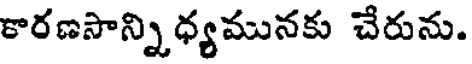
కారణసాన్ని ధ్యమునకు చేరును.